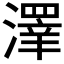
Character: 𱩎